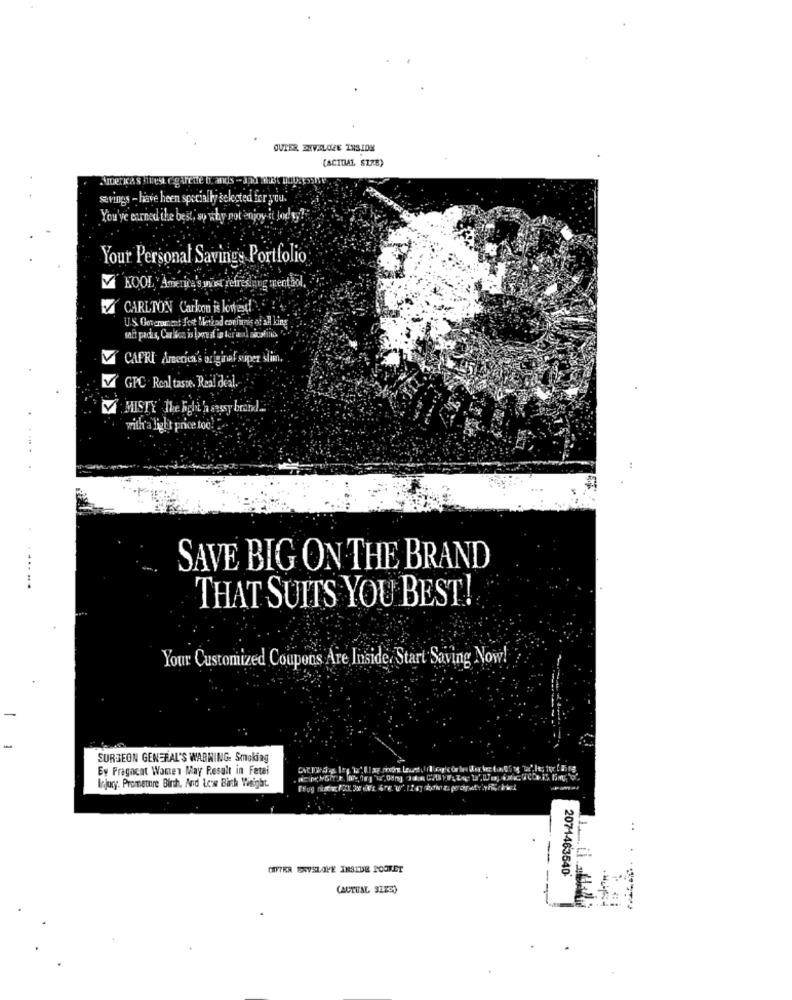
OUTER ZXVALORE INSIDE
(ACTUAL SIZE)
savings - have heen specially selected for you.
You've earned the best, so why not enjoy it !
Your Personal Savings Portfolio
V KOOL America's wise refreshing mented,
CARLTON Carkon is koiwest! !
U.S. Goterament fost ikethad confirmis of all king
soft pacts, Carlton is love at'a ter'wall nicotina
M CAFRI America's original siper slim,
V GPC . Ronl taste. Real deal.
V MISTY the Righthingy brand
with'a light price too! :
SAVE BIG ON THE BRAND
......
THAT SUITS YOU BEST!
Your Customized Coupons Are Inside. Start Saving Now!
SURGEON GENERAL'S WARNING- Smoking
Ey Fragncat Women May Result in Fatel
Injury. Promettre Birth, And Low Birth Weight.
..
--
GIFTER ENVELOPE INSIDE POORET
2071463540*
(ACTUAL SIZE)